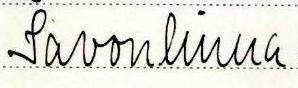
Savonlinna